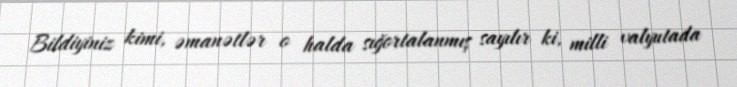
Bildiyiniz kimi, əmanətlər o halda sığortalanmış sayılır ki, milli valyutada